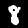
Label: 8